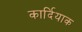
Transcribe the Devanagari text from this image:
कार्दियाक